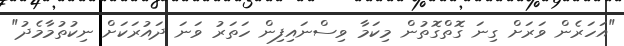
"އަހަރެން ވަރަށް ގިނަ ގޮތްގޮތުން މިކަމާ ވިސްނައިފިން ހަތަރު ވަނަ ދައުރަކަށް ނިކުތުމާމެދު"